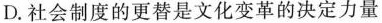
D.社会制度的更替是文化变革的决定力量